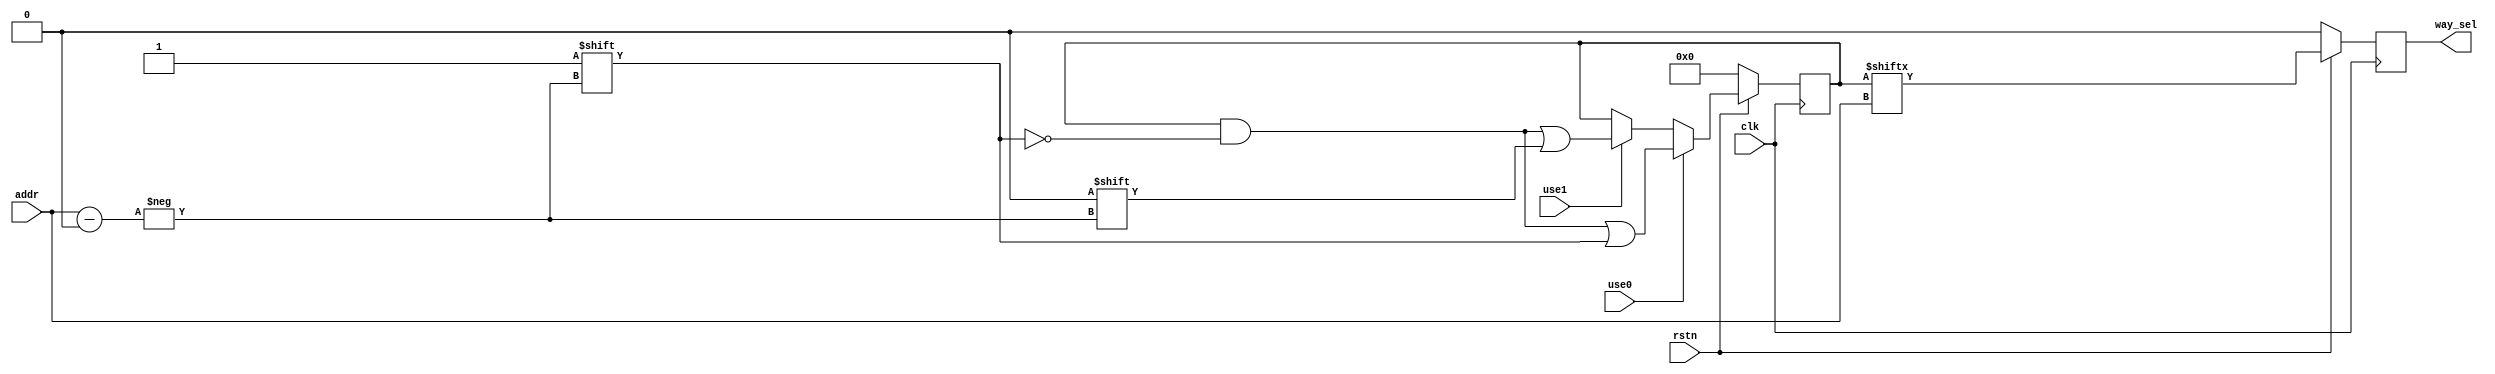
`timescale 1ns / 1ps
//////////////////////////////////////////////////////////////////////////////////
// Company: 
// Engineer: 
// 
// Design Name: 
// Module Name: Icache_lru
// Project Name: 
// Target Devices: 
// Tool Versions: 
// Description: 
// 
// Dependencies: 
// 
// Revision:
// Revision 0.01 - File Created
// Additional Comments:
// 
//////////////////////////////////////////////////////////////////////////////////


module Icache_lru#(
    parameter   addr_width=4,
                way=2
)
(
    input       clk,rstn,
    input       use0,use1,
    input       [addr_width-1:0]addr,
    output reg  way_sel
    );
reg [(1<<addr_width)-1:0]record;
always @(posedge clk)begin
    if(!rstn)begin
        record <= 0;
        way_sel <= 0;
    end
    else begin
        way_sel <= record[addr];//
        if(use0)record[addr]<=1;
        else if(use1)record[addr]<=0;
    end
end   
endmodule